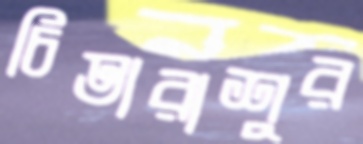
চিতারাশুর